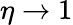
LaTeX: \eta\to 1